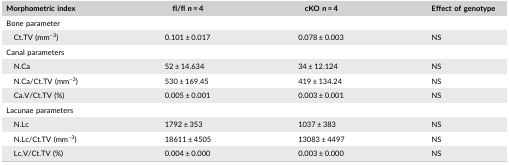
<table><thead><tr><td><b>Morphometric index</b></td><td><b>fl/fl <i>n</i> = 4</b></td><td><b>cKO <i>n</i> = 4</b></td><td><b>Effect of genotype</b></td></tr></thead><tbody><tr><td>Bone parameter</td><td></td><td></td><td></td></tr><tr><td>Ct.TV (mm<sup>−3</sup>)</td><td>0.101 ± 0.017</td><td>0.078 ± 0.003</td><td>NS</td></tr><tr><td>Canal parameters</td><td></td><td></td><td></td></tr><tr><td>N.Ca</td><td>52 ± 14.634</td><td>34 ± 12.124</td><td>NS</td></tr><tr><td>N.Ca/Ct.TV (mm<sup>−3</sup>)</td><td>530 ± 169.45</td><td>419 ± 134.24</td><td>NS</td></tr><tr><td>Ca.V/Ct.TV (%)</td><td>0.005 ± 0.001</td><td>0.003 ± 0.001</td><td>NS</td></tr><tr><td>Lacunae parameters</td><td></td><td></td><td></td></tr><tr><td>N.Lc</td><td>1792 ± 353</td><td>1037 ± 383</td><td>NS</td></tr><tr><td>N.Lc/Ct.TV (mm<sup>−3</sup>)</td><td>18611 ± 4505</td><td>13083 ± 4497</td><td>NS</td></tr><tr><td>Lc.V/Ct.TV (%)</td><td>0.004 ± 0.000</td><td>0.003 ± 0.000</td><td>NS</td></tr></tbody></table>